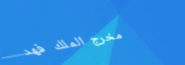
مخرج الملك فهد